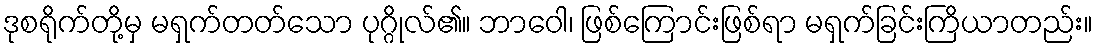
ဒုစရိုက်တို့မှ မရှက်တတ်သော ပုဂ္ဂိုလ်၏။ ဘာဝေါ၊ ဖြစ်ကြောင်းဖြစ်ရာ မရှက်ခြင်းကြိယာတည်း။